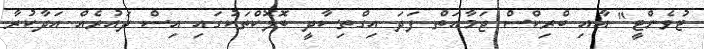
ޓުވެންޓީ" އާއި ބްރިކްސް ޖަމާއަތް ފަދަ އިގްތިސާދީ ބޮލޮކްތަކުގައި އިސް ދައުރެއް އަދާކުރާ